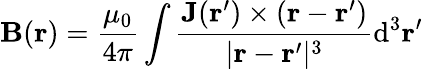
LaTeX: \mathbf{B}(\mathbf{r})={\frac{\mu_{0}}{4\pi}}\int{{\frac{\mathbf{J}(\mathbf{r}^{\prime})\times\left(\mathbf{r}-\mathbf{r}^{\prime}\right)}{|\mathbf{r}-\mathbf{r}^{\prime}|^{3}}}\mathrm{d}^{3}\mathbf{r}^{\prime}}